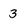
Character: 3